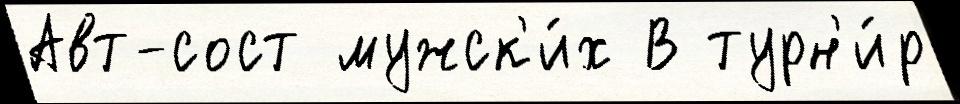
Авт-сост мужск'и́х В турн'и́р